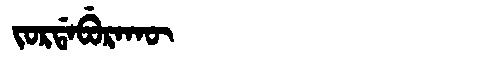
Manchu: ᠵᠣᡵᡩᠠᠪᡠᡵᠠᡴᡡ
Romanization: JORDABURAKŪ